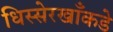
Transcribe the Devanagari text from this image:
धिस्सेरखाँकडे